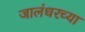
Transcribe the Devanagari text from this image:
जालंधरच्या